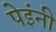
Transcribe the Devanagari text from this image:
पेइंनी